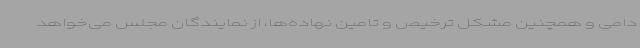
دامی و همچنین مشکل ترخیص و تامین نهاده‌ها، از نمایندگان مجلس می‌خواهد